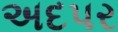
અદપર